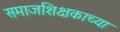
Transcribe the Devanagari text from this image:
समाजशिक्षकाच्या